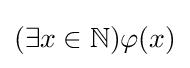
(\exists x\in \mathbb {N} )\varphi (x)